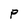
Character: P